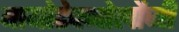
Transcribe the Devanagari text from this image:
बायोटेक्नोलौजी